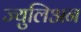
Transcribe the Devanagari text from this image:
ज्युलिअन